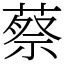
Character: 蔡